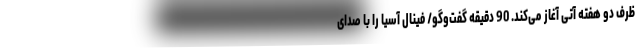
ظرف دو هفته آتی آغاز می‌کند. 90 دقیقه گفت‌وگو/ فینال آسیا را با صدای